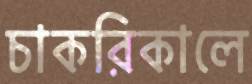
চাকরিকালে